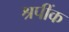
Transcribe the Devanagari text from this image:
श्रपींक